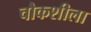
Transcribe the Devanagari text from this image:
चौकशीला